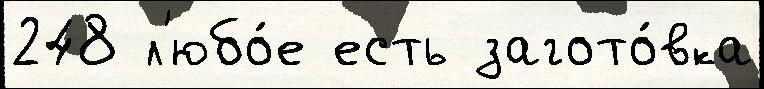
248 л'юбо́е есть загото́вка